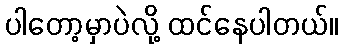
ပါတော့မှာပဲလို့ ထင်နေပါတယ်။